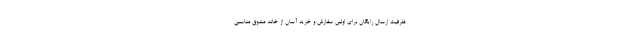
ظرفیت ارسال رایگان برای اولین سفارش و خرید آسان از خانه، مشوق مناسبی